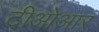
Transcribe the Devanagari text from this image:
टीओआर